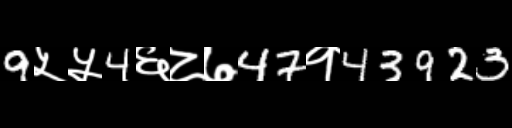
Text: 9५५4६८७47१43923